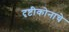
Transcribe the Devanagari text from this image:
दृष्टीकोनाचे